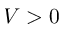
V > 0